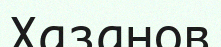
Хазанов